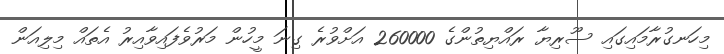
މިހަނގުރާމައިގައި ސޫރިޔާ ރައްޔިތުންގެ 260000 އަށްވުރެ ގިނަ މީހުން މަރުވެފައިވާއިރު އެތައް މިލިއަން